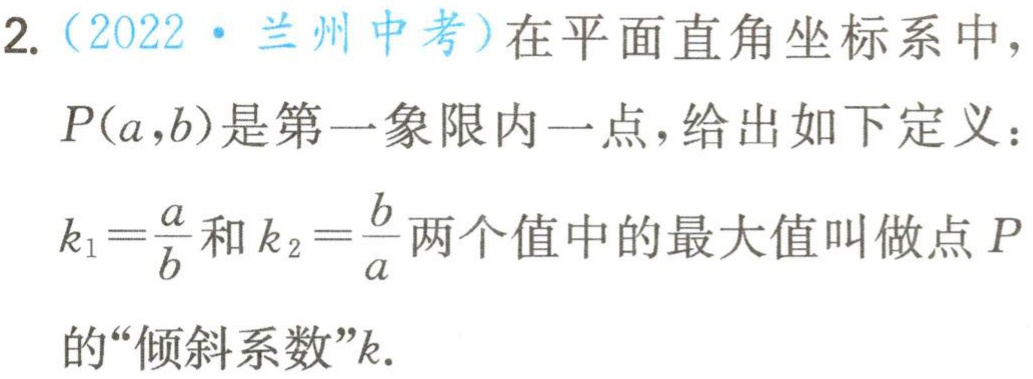
2.（2022·兰州中考）在平面直角坐标系中，
$P(a,b)$是第一象限内一点，给出如下定义：
$k_{1}=\frac{a}{b}$和$k_{2}=\frac{b}{a}$两个值中的最大值叫做点$P$
的“倾斜系数”$k$.